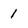
Character: 1